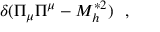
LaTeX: \delta ( \Pi _ { \mu } \Pi ^ { \mu } - M _ { h } ^ { * 2 } ) \ \ ,